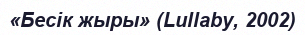
«Бесік жыры» (Lullaby, 2002)